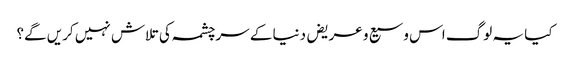
کیا یہ لوگ اس وسیع و عریض دنیا کے سرچشمہ کی تلاش نہیں کریں گے؟